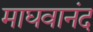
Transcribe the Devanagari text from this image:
माघवानंद